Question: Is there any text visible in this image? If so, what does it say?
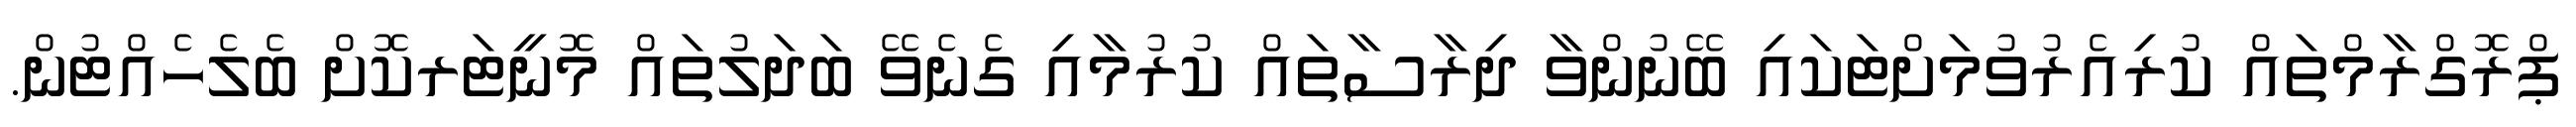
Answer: ޕްރޮގްރާމްތައް ކުރިއެރުވުމަށްޓަކައި ބޭނުންވާ ދިރާސާތައް ކުރުމާއި ގެނެވޭ ބަދަލުތައް މޮނީޓަރކޮށް ބެލެހެއްޓުން.